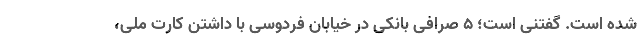
شده است. گفتنی است؛ ۵ صرافی بانکی در خیابان فردوسی با داشتن کارت ملی،